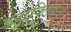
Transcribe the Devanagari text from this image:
इराक्लियस